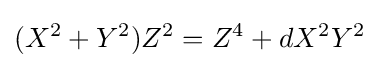
(X^{2}+Y^{2})Z^{2}=Z^{4}+dX^{2}Y^{2}